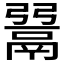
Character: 𩰲